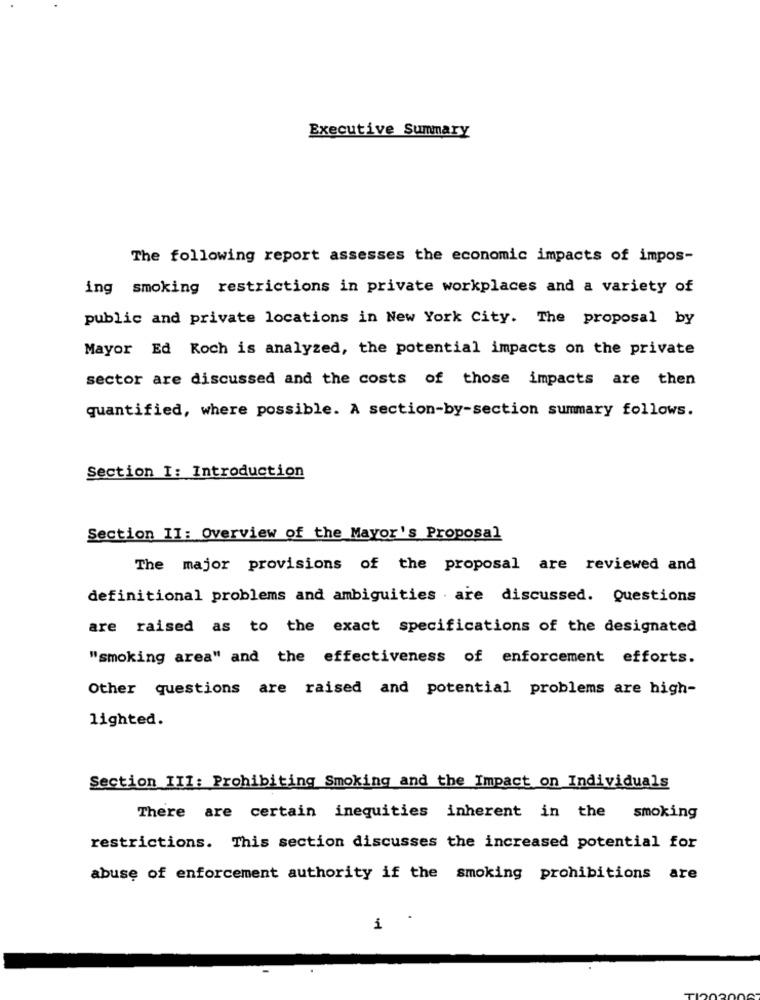
Executive Summary
The following report assesses the economic impacts of impos-
ing smoking restrictions in private workplaces and a variety of
public and private locations in New York City. The proposal by
Mayor Ed Koch is analyzed, the potential impacts on the private
sector are discussed and the costs of those impacts are then
quantified, where possible. A section-by-section summary follows.
Section I: Introduction
Section II: Overview of the Mayor's Proposal
The major provisions of the proposal are reviewed and
definitional problems and ambiguities are discussed. Questions
are raised as to the exact specifications of the designated
"smoking area" and the effectiveness of enforcement efforts.
Other questions are raised and potential problems are high-
lighted.
Section III: Prohibiting Smoking and the Impact on Individuals
There are certain inequities inherent in the smoking
restrictions. This section discusses the increased potential for
abuse of enforcement authority if the smoking prohibitions are
i